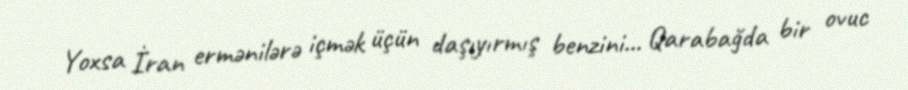
Yoxsa İran ermənilərə içmək üçün daşıyırmış benzini... Qarabağda bir ovuc